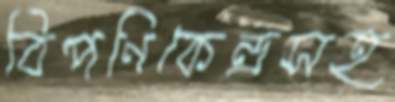
বিপণিকেন্দ্রসহ